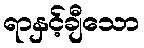
ရာနှင့်ချီသော